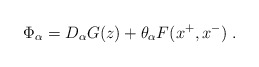
\begin{align*}\Phi_\alpha = D_\alpha G (z) + \theta_\alpha F(x^+, x^-)\;.\end{align*}